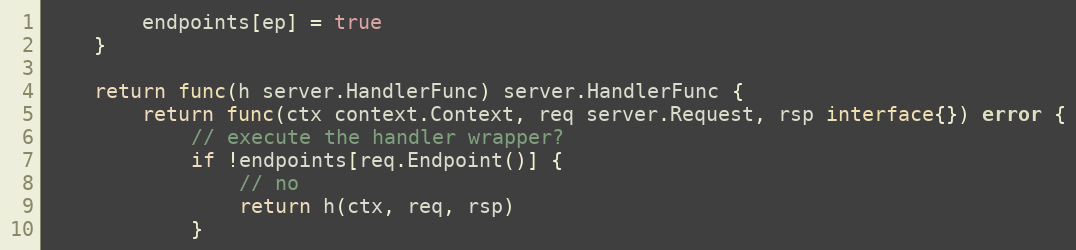
Language: Go
		endpoints[ep] = true
	}

	return func(h server.HandlerFunc) server.HandlerFunc {
		return func(ctx context.Context, req server.Request, rsp interface{}) error {
			// execute the handler wrapper?
			if !endpoints[req.Endpoint()] {
				// no
				return h(ctx, req, rsp)
			}